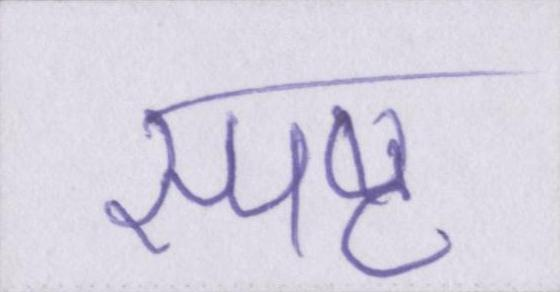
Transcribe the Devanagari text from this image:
स्पष्ट